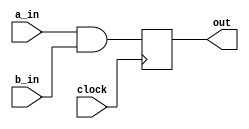
module and_latch(
    clock,
	a_in,
	b_in,
	out
);

    // SIGNAL DECLARATIONS
    input	clock;
    input	a_in;
    input	b_in;

    output reg	out;

    // ASSIGN STATEMENTS
    always @(posedge clock)
    begin
        out <= a_in & b_in;
    end

endmodule